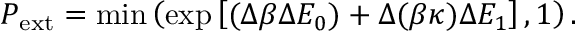
P _ { \mathrm { e x t } } = \mathrm { m i n } \left( \exp \left[ ( \Delta \beta \Delta E _ { 0 } ) + \Delta ( \beta \kappa ) \Delta E _ { 1 } \right] , 1 \right) .